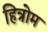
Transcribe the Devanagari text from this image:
हित्रोम